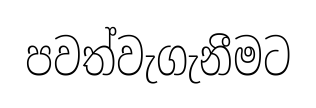
පවත්වැගැනීමට